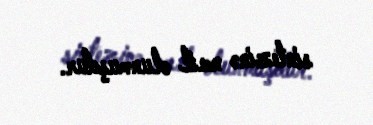
sintezinə nail olunmuşdur.